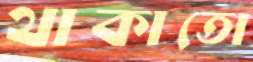
থাকাতো